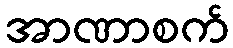
အာဏာစက်